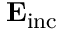
\mathbf { E } _ { \mathrm { { i n c } } }